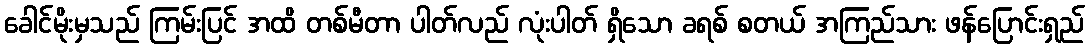
ခေါင်မိုးမှသည် ကြမ်းပြင် အထိ တစ်မီတာ ပါတ်လည် လုံးပါတ် ရှိသော ခရစ် စတယ် အကြည်သား ဖန်ပြောင်းရှည်